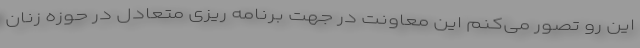
این رو تصور می‌کنم این معاونت در جهت برنامه ریزی متعادل در حوزه زنان